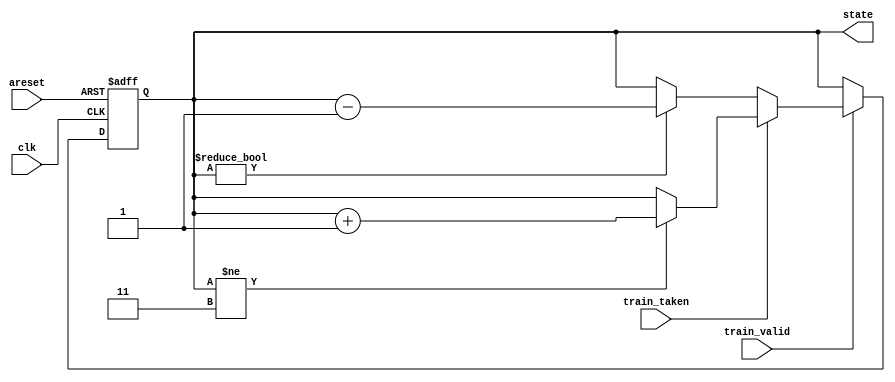
module top_module(
    input clk,
    input areset,
    input train_valid,
    input train_taken,
    output [1:0] state
);
    reg [1:0] count;
    assign state=count;
    always@(posedge clk or posedge areset)begin
        if(areset) count<=2'b01;
        else if(!train_valid) count<=count;
        else begin
            if(train_taken)count<=(count!=2'b11)?count+1'b1:count;
            else count<=(count!=2'b00)?count-1'b1:count;
        end
    end
endmodule